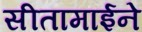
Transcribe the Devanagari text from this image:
सीतामाईने